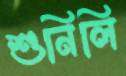
শুনিলি